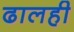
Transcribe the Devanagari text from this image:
ढालही